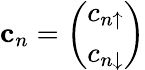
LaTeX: \mathbf{c}_{n}=\left(\begin{array}{l}{c_{n\uparrow}}\\ {c_{n\downarrow}}\end{array}\right)